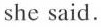
she said.